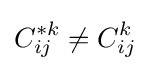
C_{ij}^{*k}\neq C_{ij}^{k}